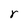
Character: r